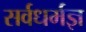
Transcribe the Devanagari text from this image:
सर्वधर्मज्ञ